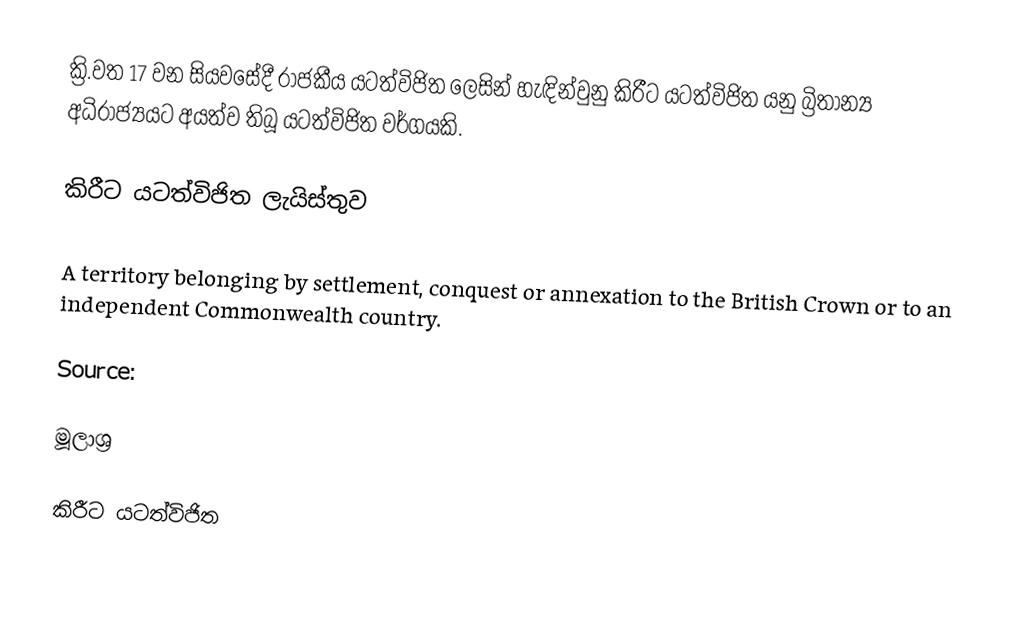
ක්‍රි.වත 17 වන සියවසේදී රාජකීය යටත්විජිත ලෙසින් හැඳින්වුනු කිරීට යටත්විජිත යනු බ්‍රිතාන්‍ය අධිරාජ්‍යයට අයත්ව තිබූ යටත්විජිත වර්ගයකි.

කිරීට යටත්විජිත ලැයිස්තුව

A territory belonging by settlement, conquest or annexation to the British Crown or to an independent Commonwealth country.

Source:

මූලාශ්‍ර

කිරීට යටත්විජිත